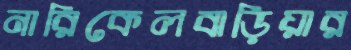
নারিকেলবাড়িয়ার